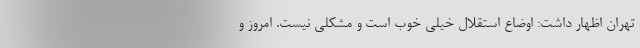
تهران اظهار داشت: اوضاع استقلال خیلی خوب است و مشکلی نیست. امروز و